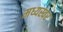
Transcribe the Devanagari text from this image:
मध्यस्वर